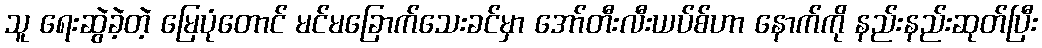
သူ ရေးဆွဲခဲ့တဲ့ မြေပုံတောင် မင်မခြောက်သေးခင်မှာ အော်တီးလီးယပ်စ်ဟာ နောက်ကို နည်းနည်းဆုတ်ပြီး